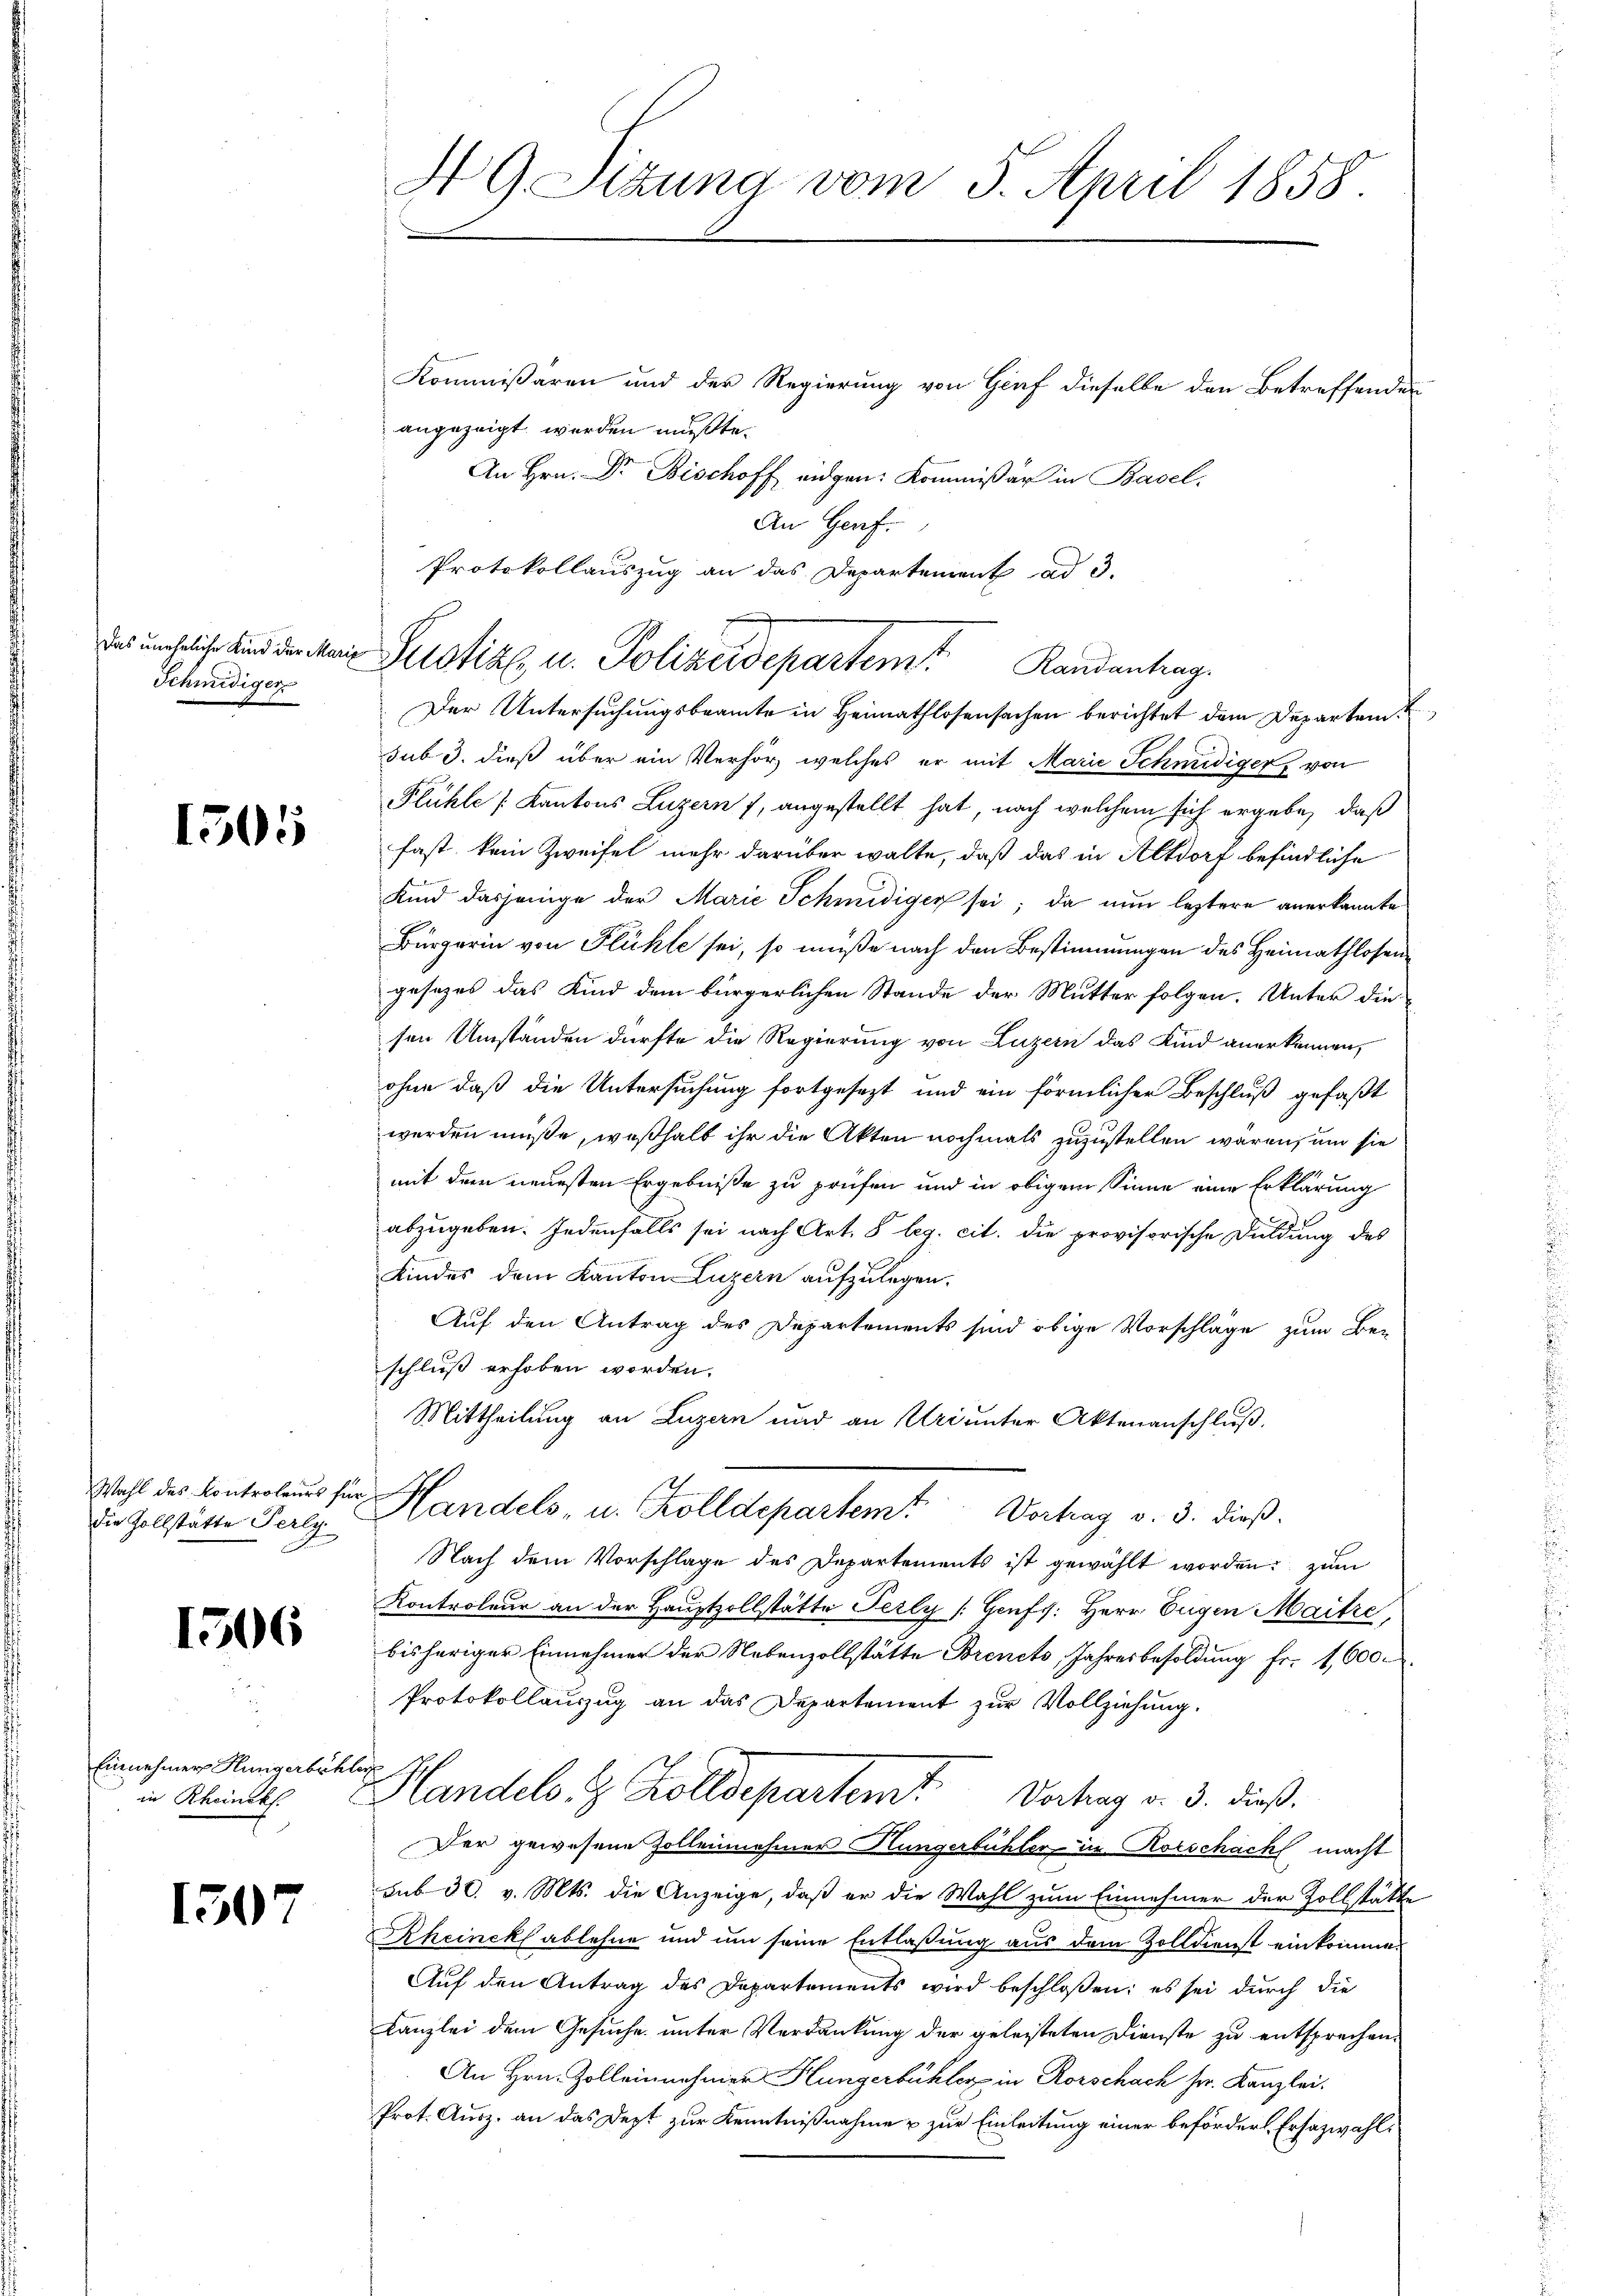
Schmidigen

1505

Wahl des Kontroleurs fü
die Zollstätte Perly

1506

Einnehmers Hungerbeh
in Rheinckl.

1507

NG Sizung vom 5. April 1858.

Protokollauszug an das Departement ad 3.
das uneheliche sind den dem Sistik u. Polizeidepartemt Randantrag

Kommißären und der Regierung von Graf dieselbe den Betreffenden
angezeigt werden mußte.
An Hrn. Dr. Bischoff eidgen: Kommißär in Basel,
An Genf.
Der Untersuchungsbeamte in Heimathlosensachen berichtet dem Departem
sub 3. dieß über ein Verhör, welches er mit Marie Schmidiger, von
Flühle [Kantons Luzern f, angestellt hat, nach welchem sich ergebe, daß
fast kein Zweifel mehr darüber walte, daß das in Altdorf befindliche
Kind dasjenige der Marie Schmidiger sei; da nun leztere anerkannte
Bürgerin von Flühle sei, so müße nach den Bestimmungen des Heimathlosengesezes das Kind dem bürgerlichen Stande der Mutter folgen. Unter die
sen Umständen dürfte die Regierung von Luzern das Kind anerkennen,
ohne daß die Untersuchung fortgesezt und ein förmlicher Beschluß gefaßt
werden müße, weßhalb ihr die Akten nochmals zuzustellen wären, und sie
mit dem neuesten Ergebniße zu prüfen und in obigem Sinne eine Erklärung
abzugeben. Jedenfalls sei nach Art. 8 leg. cit. die provisorische Duldung des
Kindes dem Kanton Luzern aufzulegen.
Auf den Antrag des Departements sind obige Vorschläge zum Be-
schluß erhoben worden.
Mittheilung an Luzern und an Uri unter Aktenanschluß.
Handels- u. Kolldepartemt Vortrag v. 3. dieß.
Nach dem Vorschlage des Departements ist gewählt worden; zum
Kontroleur an der Hauptzollstätte Perly [Honfs: Herr Eugen Maitre,
bisheriger Einnehmer der Nebenzollstätte Brencts, Jahresbesoldung fr. 1,600.
Protokollauzug an das Departement zur Vollziehung.
i
Handels 8 Zolldepartem Verhag v. 3. dieß.
Der gewesene Zollennehmer Hungerbühler in Rorschach macht
sub 30. v. Mts. die Anzeige, daß er die Wahl zum Einnehmer der Zollstatte
Rheinck ablehne und um seine Entlaßung aus dem Zolldienst einkomme¬
Auf den Antrag des Departements wird beschloßen: es sei durch die
Kanzlei dem Gesuche unter Verdankung der geleisteten Dienste zu entsprechen.
An Hrn. Zolleinnehmer Hungerbühler in Rorschach her. Kanzlei.
Prot. Ausz. an das Jezt zur Kenntnißnahme & zur Einleitung einer befördert. Ersazwahl¬